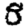
Digit: 8